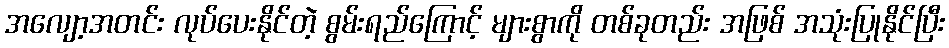
အလျော့အတင်း လုပ်ပေးနိုင်တဲ့ စွမ်းရည်ကြောင့် များစွာကို တစ်ခုတည်း အဖြစ် အသုံးပြုနိုင်ပြီး